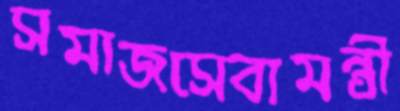
সমাজসেবামন্ত্রী